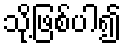
သို့ဖြစ်ပါ၍